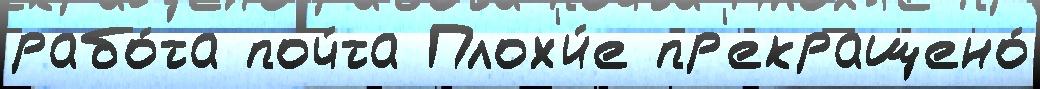
рабо́та поч́та Плох'и́е пр'екращено́